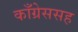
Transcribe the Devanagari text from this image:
काँग्रेससह